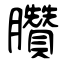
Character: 臢